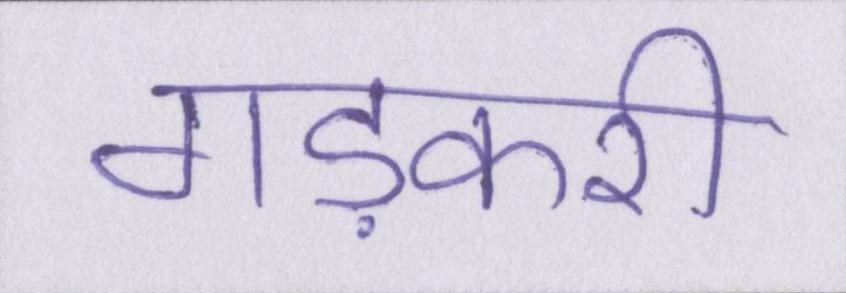
गड़करी